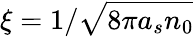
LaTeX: \xi=1/{\sqrt{8\pi a_{s}n_{0}}}